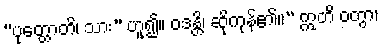
“ပုတ္တောတိ၊ သား” ဟူ၍။ ဝဒန္တိ၊ ဆိုကုန်၏။” ဣတိ ဝတွာ၊